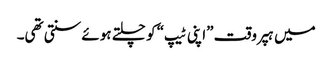
میں ہپر وقت ”اپنی ٹیپ“ کو چلتے ہوئے سنتی تھی۔